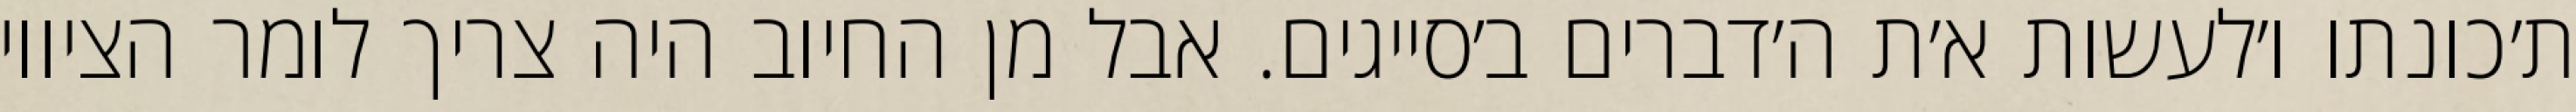
ת׳כונתו ו׳לעשות א׳ת ה׳דברים ב׳סייגים. אבל מן החיוב היה צריך לומר הציווי